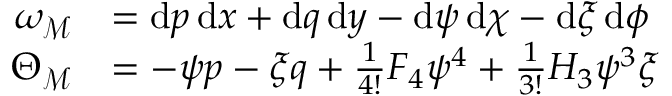
\begin{array} { r l } { \omega _ { \mathcal { M } } } & { = \mathrm { d } p \, \mathrm { d } x + \mathrm { d } q \, \mathrm { d } y - \mathrm { d } \psi \, \mathrm { d } \chi - \mathrm { d } \xi \, \mathrm { d } \phi } \\ { \Theta _ { \mathcal { M } } } & { = - \psi p - \xi q + \frac { 1 } { 4 ! } F _ { 4 } \psi ^ { 4 } + \frac { 1 } { 3 ! } H _ { 3 } \psi ^ { 3 } \xi } \end{array}